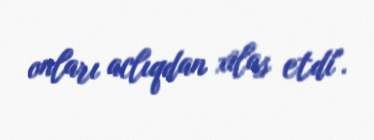
onları aclıqdan xilas etdi".